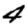
Digit: 4